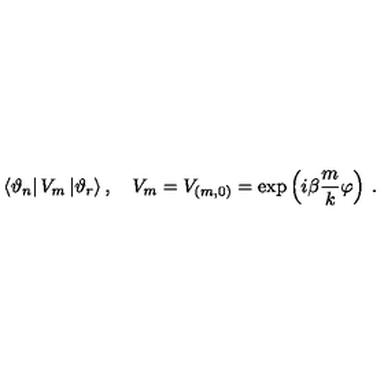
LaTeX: \left\langle \vartheta _ { n } \right| V _ { m } \left| \vartheta _ { r } \right\rangle , \quad V _ { m } = V _ { ( m , 0 ) } = \exp \left( { i \beta } \frac { m } { k } \varphi \right) \: .